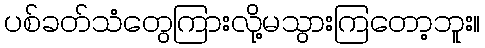
ပစ်ခတ်သံတွေကြားလို့မသွားကြတော့ဘူး။